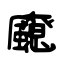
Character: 飉